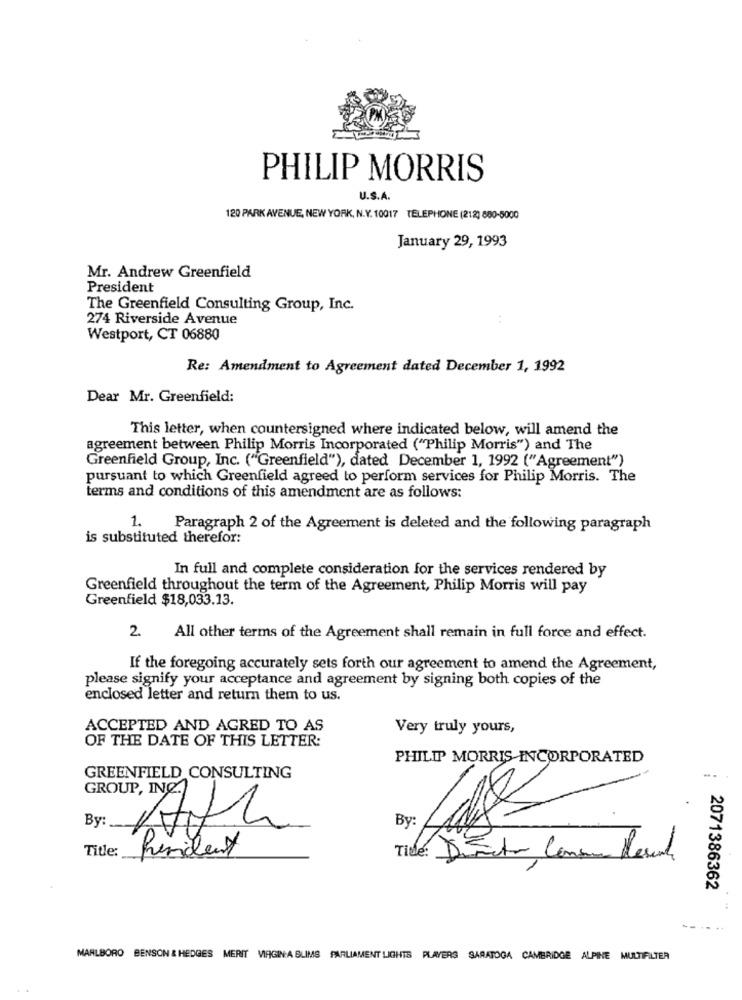
PHILIP MORRIS
U.S.A.
120 PARK AVENUE, NEW YORK, N.Y. 10017 TELEPHONE (212) 880-5000
January 29, 1993
Mr. Andrew Greenfield
President
The Greenfield Consulting Group, Inc.
274 Riverside Avenue
Westport, CT 06880
Re: Amendment to Agreement dated December 1, 1992
Dear Mr. Greenfield:
This letter, when countersigned where indicated below, will amend the
agreement between Philip Morris Incorporated ("Philip Morris") and The
Greenfield Group, Inc. ("Greenfield"), dated December 1, 1992 ("Agreement")
pursuant to which Greenfield agreed to perform services for Philip Morris. The
terms and conditions of this amendment are as follows:
1.
Paragraph 2 of the Agreement is deleted and the following paragraph
is substituted therefor:
In full and complete consideration for the services rendered by
Greenfield throughout the term of the Agreement, Philip Morris will pay
Greenfield $18,033.13.
2.
All other terms of the Agreement shall remain in full force and effect.
If the foregoing accurately sets forth our agreement to amend the Agreement,
please signify your acceptance and agreement by signing both copies of the
enclosed letter and return them to us.
ACCEPTED AND AGRED TO AS
Very truly yours,
OF THE DATE OF THIS LETTER:
PHILIP MORRIS INCORPORATED
GREENFIELD CONSULTING
GROUP, INC.
By:
By
Ath
Title:
Resident
Title: Directo Consun Desenho
2071386362
MARLBORO BENSON & HEDGES MERIT VIRGINA SLIMS PARLIAMENT LIGHTS PLAYERS SARATOGA CAMBRIDGE ALPINE MULTIFILTER